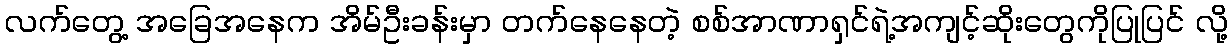
လက်တွေ့ အခြေအနေက အိမ်ဦးခန်းမှာ တက်နေနေတဲ့ စစ်အာဏာရှင်ရဲ့အကျင့်ဆိုးတွေကိုပြုပြင် လို့